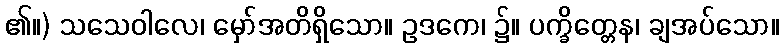
၏။) သသေဝါလေ၊ မှော်အတိရှိသော။ ဥဒကေ၊ ၌။ ပက္ခိတ္တေန၊ ချအပ်သော။